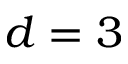
d = 3